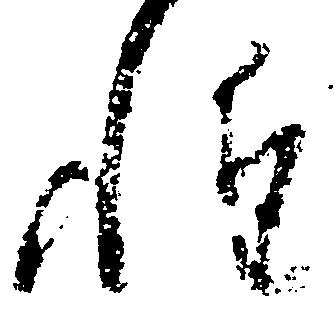
惶